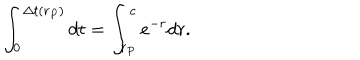
\int _ { 0 } ^ { \Delta t ( r _ { P } ) } d t = \int _ { r _ { P } } ^ { c } e ^ { - r } d r .